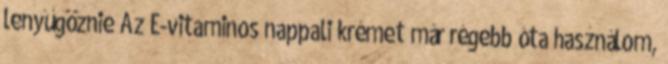
lenyűgöznie Az E-vitaminos nappali krémet már régebb óta használom,